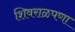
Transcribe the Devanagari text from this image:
शिवराळपणा